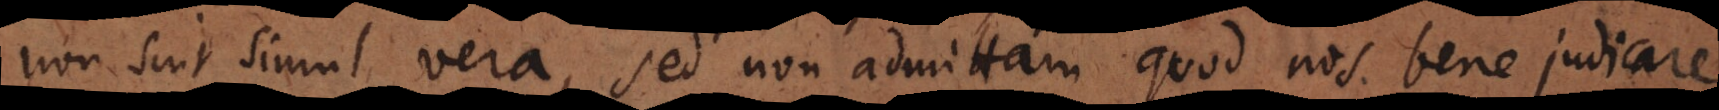
nis etiam in divinis; sed non admittam quod nos bene judicare